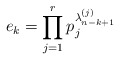
\begin{align*} e_k = \prod_{j=1}^r p_j^{\lambda^{(j)}_{n-k+1}} \end{align*}